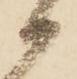
御